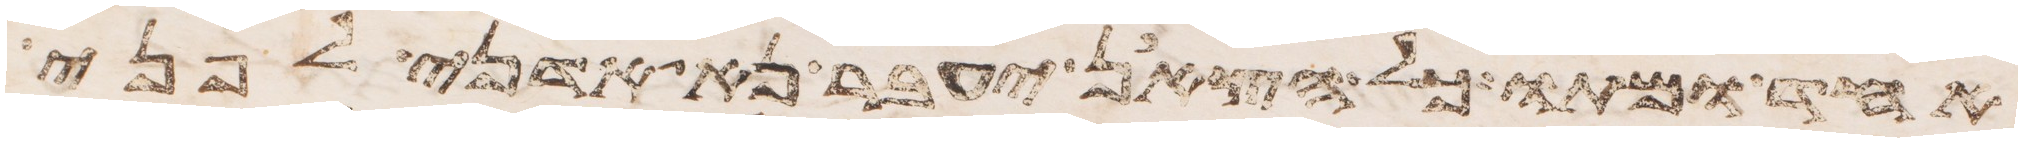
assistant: אחד ומתו כל הצאן יעבר נא אדני לפני